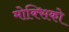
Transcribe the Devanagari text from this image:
मोक्सिको